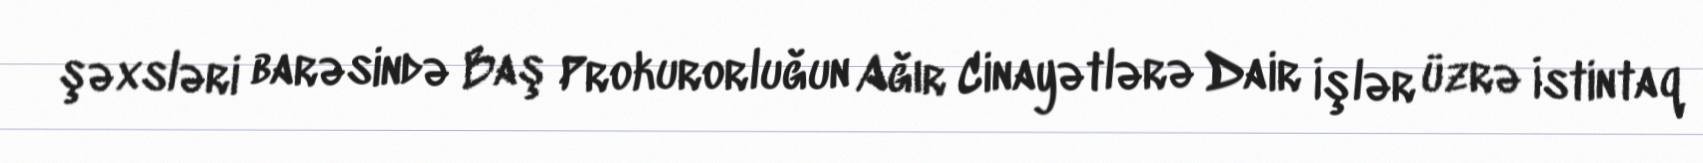
şəxsləri barəsində Baş Prokurorluğun Ağır Cinayətlərə Dair İşlər üzrə İstintaq